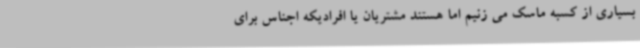
بسیاری از کسبه ماسک می زنیم اما هستند مشتریان یا افرادیکه اجناس برای